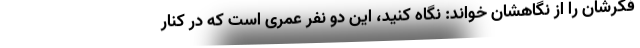
فکرشان را از نگاهشان خواند: نگاه کنید، این دو نفر عمری است که در کنار